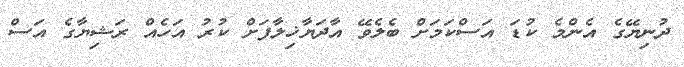
ދުނިޔޭގެ އެންމެ ކުޑަ އަސްކަމަށް ބެލެވޭ އާދަޔާޚިލާފަށް ކުރު އަހެއް ރަޝިޔާގެ އަސް